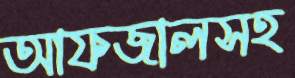
আফজালসহ